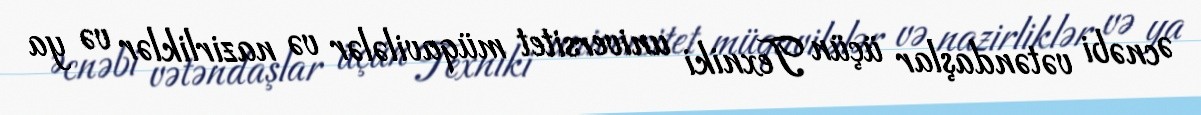
Əcnəbi vətəndaşlar üçün Texniki universitet müqavilələr və nazirliklər və ya